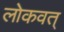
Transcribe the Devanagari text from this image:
लोकवत्